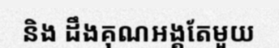
និង ដឹងគុណអង្គតែមួយ